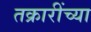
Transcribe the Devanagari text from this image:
तक्रारींच्या